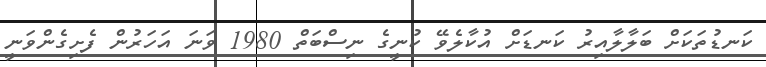
ކަނޑުތަކަށް ބަލާލާއިރު ކަނޑަށް އުކާލެވޭ ކުނީގެ ނިސްބަތް 1980 ވަނަ އަހަރުން ފެށިގެންވަނީ